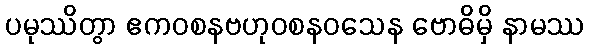
ပမုဿိတွာ ဧကဝစနဗဟုဝစနဝသေန ဗောဓိမှိ နာမဿ